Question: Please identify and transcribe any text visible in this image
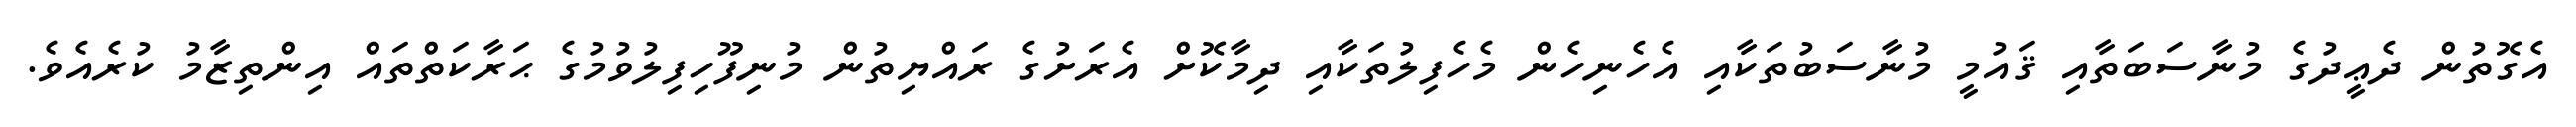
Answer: އެގޮތުން ދެޢީދުގެ މުނާސަބަތާއި ޤައުމީ މުނާސަބުތަކާއި އެހެނިހެން މެހެފިލުތަކާއި ދިމާކޮށް އެރަށުގެ ރައްޔިތުން މުނިފޫހިފިލުވުމުގެ ޙަރާކަތްތައް އިންތިޒާމު ކުރެއެވެ.